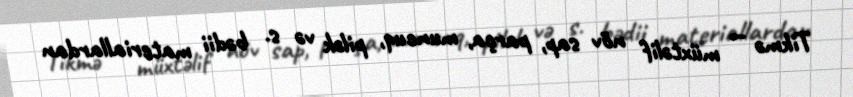
Tikmə — müxtəlif növ sap, parça, muncuq, pilək və s. bədii materiallardan